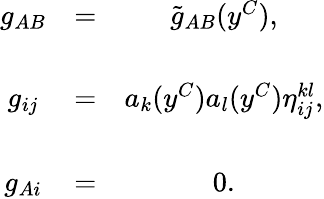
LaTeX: \begin{array}{ccc}{{g_{AB}}}&{{=}}&{{\tilde{g}_{AB}(y^{C}),}}\\ {{}}&{{}}&{{}}\\ {{g_{ij}}}&{{=}}&{{a_{k}(y^{C})a_{l}(y^{C})\eta_{ij}^{kl},}}\\ {{}}&{{}}&{{}}\\ {{g_{Ai}}}&{{=}}&{{0.}}\end{array}